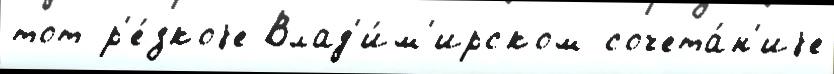
тот р'е́зкоjе Влад'и́м'ирском сочета́н'иjе